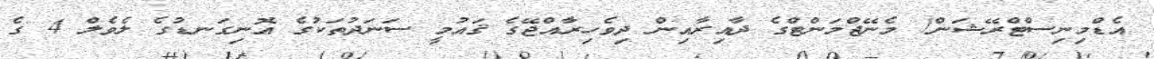
އެޑްމިނިސްޓްރޭޝަން/ މެނޭޖްމަންޓްގެ ދާއިރާއިން ދިވެހިރާއްޖޭގެ ޤައުމީ ސަނަދުތަކުގެ އޮނިގަނޑުގެ ލެވެލް 4 ގެ